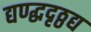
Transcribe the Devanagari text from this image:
द्यण्द्धदृठ्ठद्य